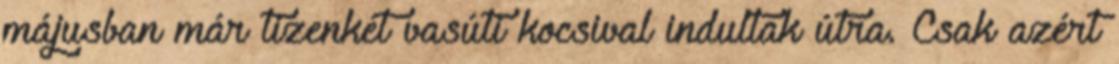
májusban már tizenkét vasúti kocsival indultak útra. Csak azért